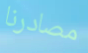
مصادرنا